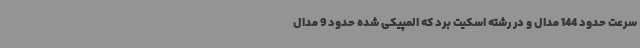
سرعت حدود 144 مدال و در رشته اسکیت برد که المپیکی شده حدود 9 مدال